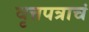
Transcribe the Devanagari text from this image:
वृत्तपत्राचं